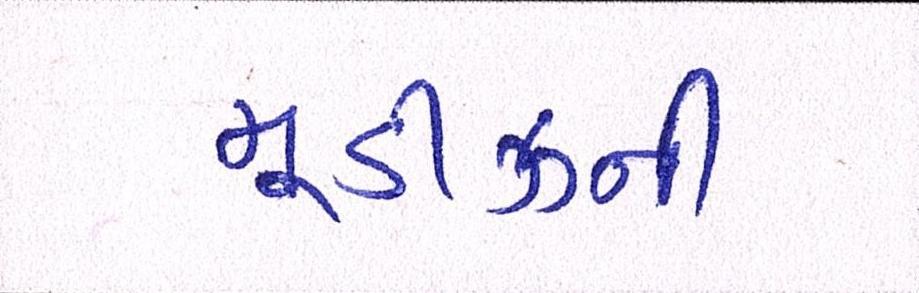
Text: મૂડીઝની